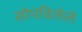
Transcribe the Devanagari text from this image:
सोपविलेले